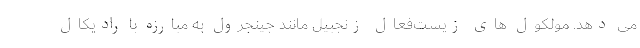
می دهد. مولکول های زیست‌فعال زنجبیل مانند جینجرول به مبارزه با رادیکال